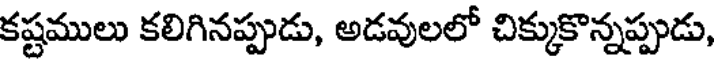
కష్టములు కలిగినప్పుడు, అడవులలో చిక్కుకొన్నప్పుడు,